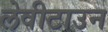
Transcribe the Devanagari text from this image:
लेवीटाउन